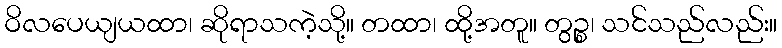
ဝိလပေယျယထာ၊ ဆိုရာသကဲ့သို့။ တထာ၊ ထို့အတူ။ တွဉ္စ၊ သင်သည်လည်း။